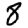
Digit: 8